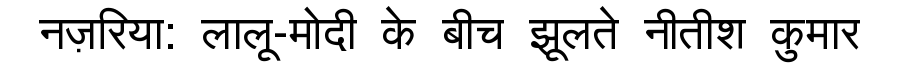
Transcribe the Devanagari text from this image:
नज़रिया: लालू-मोदी के बीच झूलते नीतीश कुमार